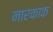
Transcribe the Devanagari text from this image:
नारकाक